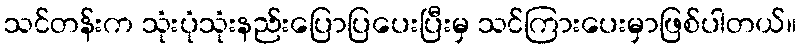
သင်တန်းက သုံးပုံသုံးနည်းပြောပြပေးပြီးမှ သင်ကြားပေးမှာဖြစ်ပါတယ်။